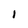
Character: I